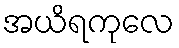
အယိရကုလေ